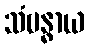
သံဗန္ဓာယ